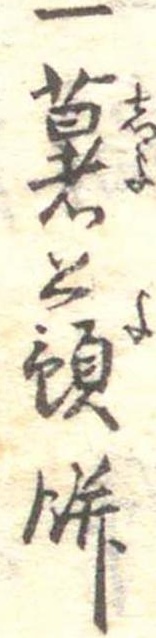
一薯蕷餅